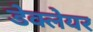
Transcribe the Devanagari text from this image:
डेक्लेयर